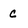
Character: c